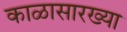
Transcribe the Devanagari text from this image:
काळासारख्या